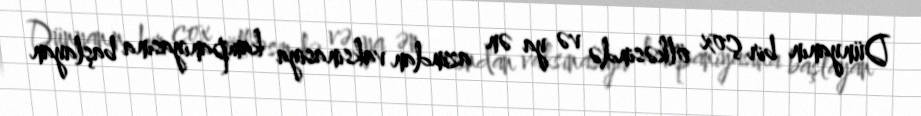
Dünyanın bir çox ölkəsində və ya ən azından vaksinasiya kampaniyasına başlayan